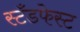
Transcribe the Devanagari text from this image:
स्टँडफेस्ट